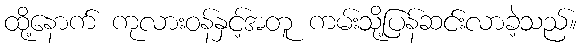
ထို့နောက် ကုလားဝန်နှင့်အတူ ကမ်းသို့ပြန်ဆင်းလာခဲ့သည်။